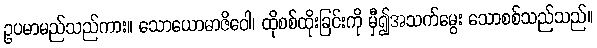
ဥပမာမည်သည်ကား။ သောယောဓာဇိဝေါ၊ ထိုစစ်ထိုးခြင်းကို မှီ၍အသက်မွေး သောစစ်သည်သည်။